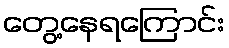
တွေ့နေရကြောင်း